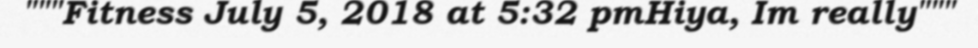
"""Fitness July 5, 2018 at 5:32 pmHiya, Im really"""